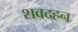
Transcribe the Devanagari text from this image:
शवदहन